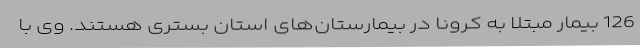
126 بیمار مبتلا به کرونا در بیمارستان‌های استان بستری هستند. وی با